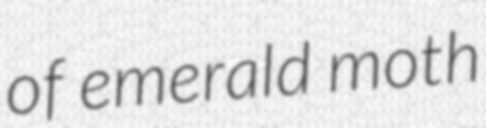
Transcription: of emerald moth